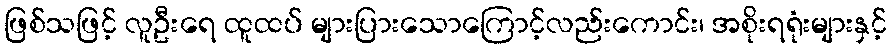
ဖြစ်သဖြင့် လူဦးရေ ထူထပ် များပြားသောကြောင့်လည်းကောင်း၊ အစိုးရရုံးများနှင့်